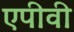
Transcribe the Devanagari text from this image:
एपीवी